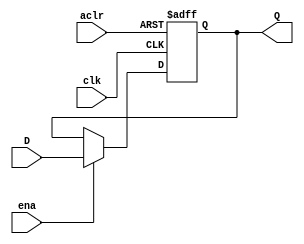
module register_N_bits_aclr_ena
	#(parameter N=8)
	(input [N-1:0] D,
	input clk,aclr,ena,
	output reg[N-1:0] Q);
	
	always @(posedge clk,negedge aclr)
			if (~aclr) 	Q <= {N{1'b0}};
			else if (ena)	Q <= D;
			else		Q <= Q;
endmodule

module adder_N_bits
	#(parameter N=8)
	(input [N-1:0] A,B,
	input cin,
	output [N-1:0] S,
	output cout);
	
	assign {cout,S} = A + B + cin;
	
endmodule


module multiplier
	#(parameter N=4)
	(input [N-1:0] a,b,
	output [2*N-1:0] p);
	
	wire [7:0] m[7:0]; 	// jednowymiarowa macierz elementw 4-bitowych,
			// czstkowe wartoci mnoenia a * b
	wire [7:0] s[1:7];	// sumy czstkowe

	wire cout[1:7]; 	// przeniesienia z 4-bitowych sumatorw szeregowych 
	
	genvar i;
	
	// formowanie czstkowych wynikw mnoenia
	generate
		for(i=0; i<N; i=i+1) begin:bl1
			assign m[i] = a & {N{b[i]}};
		end
	endgenerate
	
	// formowanie sum czstkowych
	adder_N_bits #(N) ex1({1'b0,m[0][N-1:1]},m[1],1'b0,s[1],cout[1]);
	generate
		for(i=2; i<N; i=i+1) begin:bl2
			adder_N_bits #(N) 
			exi({cout[i-1],s[i-1][N-1:1]},m[i],1'b0,s[i],cout[i]);
		end
	endgenerate
	
	// formowanie wyniku
	assign p[0] = m[0][0];
	generate
		for(i=1;i<N-1;i=i+1) begin:bl3
			assign p[i] = s[i][0];
		end
	endgenerate
	
	assign p[2*N-2:N-1] = s[N-1];
	assign p[2*N-1] = cout[N-1];
endmodule


module display(
    input [3:0] liczba,
    output reg [0:6] H);
   always @(*)
        case (liczba)
            0: H = 7'b0000001;
            1: H = 7'b1001111;
            2: H = 7'b0010010;
            3: H = 7'b0000110;
            4: H = 7'b1001100;
            5: H = 7'b0100100;
            6: H = 7'b0100000;
            7: H = 7'b0001111;
            8: H = 7'b0000000;
            9: H = 7'b0000100;
            10: H = 7'b0001000;
            11: H = 7'b1100000;
            12: H = 7'b0110001;
            13: H = 7'b1000010;
            14: H = 7'b0110000;
            15: H = 7'b0111000;
        default: H = 7'b1111111;
    endcase
endmodule

module multiplier_N_bits(
	input [9:0] SW,
	input [1:0] KEY,
	output [9:0] LEDR,
	output [0:6] HEX0,HEX1,HEX2,HEX3);
	
	wire EA,EB,clk,aclr;
	wire [7:0] data,A,B;
	wire [15:0] M,P;
	
	assign LEDR = SW;
	assign EA = SW[9];
	assign EB = SW[8];
	assign clk = KEY[1];
	assign aclr = KEY[0];
	assign data = SW[7:0];
	
	register_N_bits_aclr_ena #(8) exA(data,clk,aclr,EA,A);
	register_N_bits_aclr_ena #(8) exB(data,clk,aclr,EB,B);
	
	multiplier #(8) exM(A,B,M);
	
	register_N_bits_aclr_ena #(16) exP(M,clk,aclr,1'b1,P);
	
	display d0(P[3:0],HEX0);
	display d1(P[7:4],HEX1);
	display d2(P[11:8],HEX2);
	display d3(P[15:12],HEX3);
	
endmodule